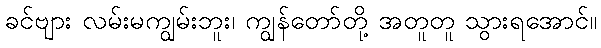
ခင်ဗျား လမ်းမကျွမ်းဘူး၊ ကျွန်တော်တို့ အတူတူ သွားရအောင်။